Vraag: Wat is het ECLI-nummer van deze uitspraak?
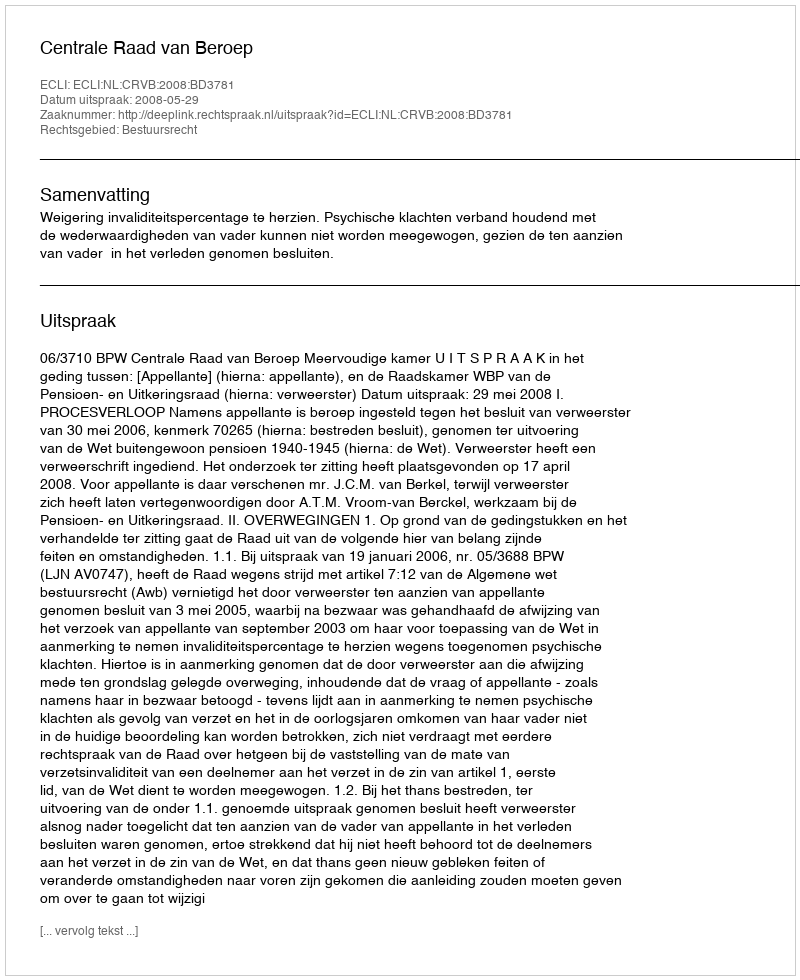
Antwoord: ECLI:NL:CRVB:2008:BD3781